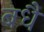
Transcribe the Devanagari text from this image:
बधै